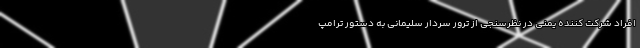
افراد شرکت کننده یمنی در نظرسنجی از ترور سردار سلیمانی به دستور ترامپ